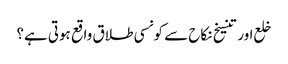
خلع اور تنسیخ نکاح سے کونسی طلاق واقع ہوتی ہے؟